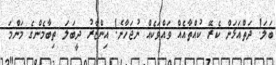
ބަލަ! ދަތްއަޅަން ކެރޭ ކުއްތާއެއް ވައްވަކެއް ނުޖަހާނެ! އިންޒާރު ދީބަލަ ތިބާމެންގެ މަންމަ